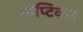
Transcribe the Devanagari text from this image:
ऑप्टिकन